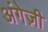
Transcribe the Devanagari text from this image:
अंगेज़ी